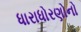
ધારાધોરણોનો